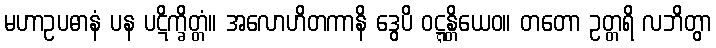
မဟာဥပဓာနံ ပန ပဋိက္ခိတ္တံ။ အလောဟိတကာနိ ဒွေပိ ဝဋ္ဋန္တိယေဝ။ တတော ဥတ္တရိ လဘိတွာ